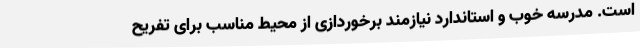
است. مدرسه خوب و استاندارد نیازمند برخوردازی از محیط مناسب برای تفریح